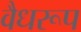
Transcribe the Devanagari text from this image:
वैधरूप